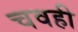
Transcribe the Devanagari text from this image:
चवही